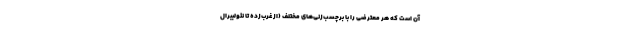
آن است که هر معترضی را با برچسب‌زنی‌های مختلف (از غرب‌زده تا نئولیبرال